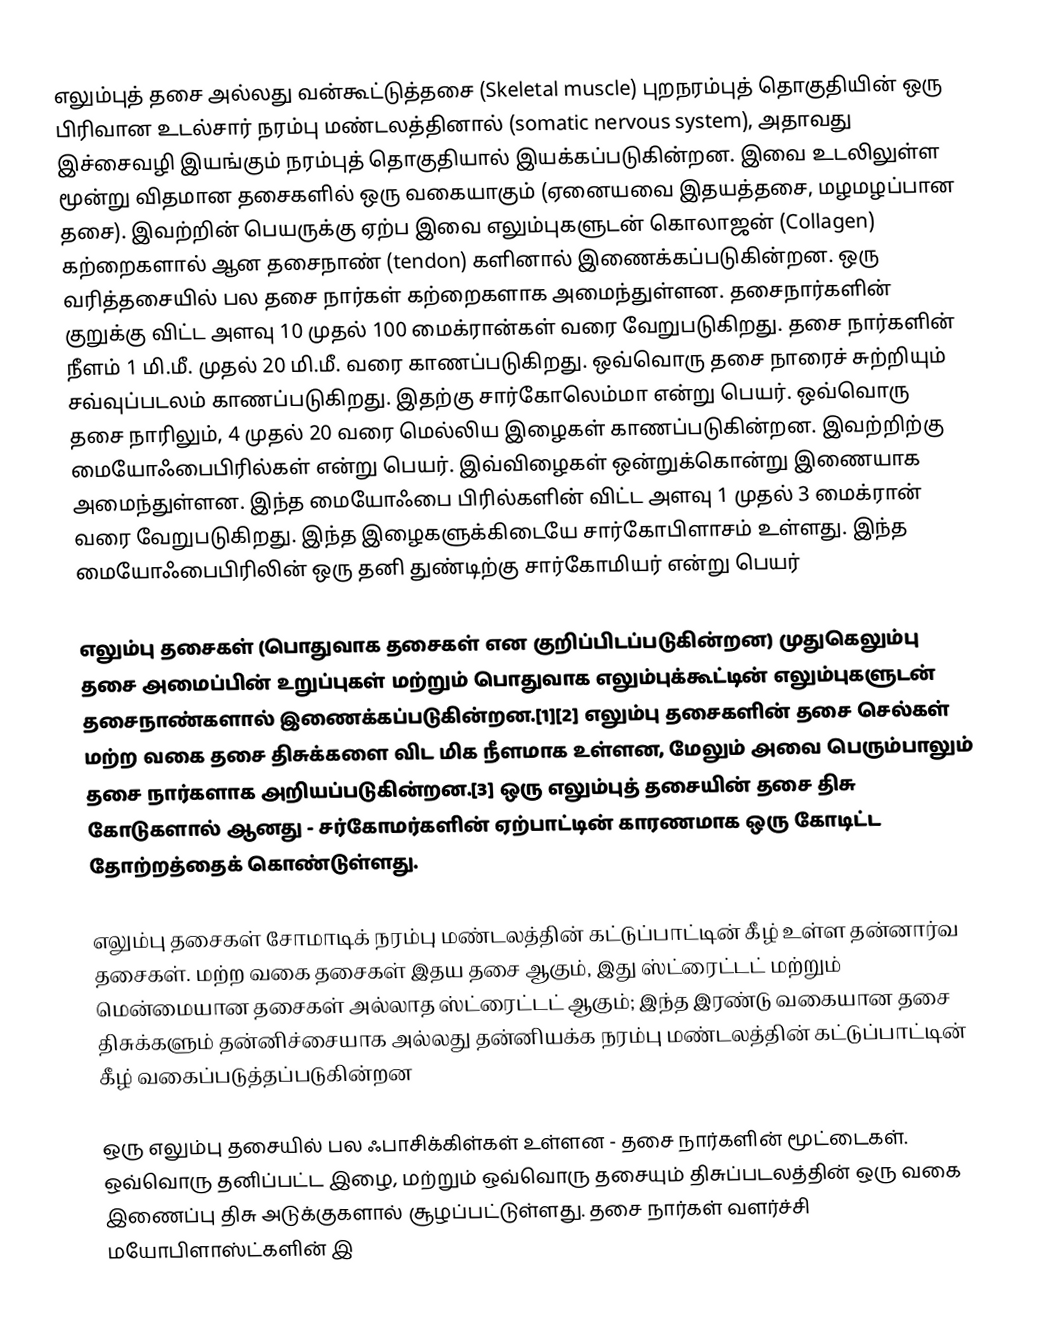
எலும்புத் தசை அல்லது வன்கூட்டுத்தசை (Skeletal muscle) புறநரம்புத் தொகுதியின் ஒரு பிரிவான உடல்சார் நரம்பு மண்டலத்தினால் (somatic nervous system), அதாவது இச்சைவழி இயங்கும் நரம்புத் தொகுதியால் இயக்கப்படுகின்றன. இவை உடலிலுள்ள மூன்று விதமான தசைகளில் ஒரு வகையாகும் (ஏனையவை இதயத்தசை, மழமழப்பான தசை). இவற்றின் பெயருக்கு ஏற்ப இவை எலும்புகளுடன் கொலாஜன் (Collagen) கற்றைகளால் ஆன தசைநாண் (tendon) களினால் இணைக்கப்படுகின்றன. ஒரு வரித்தசையில் பல தசை நார்கள் கற்றைகளாக அமைந்துள்ளன. தசைநார்களின் குறுக்கு விட்ட அளவு 10 முதல் 100 மைக்ரான்கள் வரை வேறுபடுகிறது. தசை நார்களின் நீளம் 1 மி.மீ. முதல் 20 மி.மீ. வரை காணப்படுகிறது. ஒவ்வொரு தசை நாரைச் சுற்றியும் சவ்வுப்படலம் காணப்படுகிறது. இதற்கு சார்கோலெம்மா என்று பெயர். ஒவ்வொரு தசை நாரிலும், 4 முதல் 20 வரை மெல்லிய இழைகள் காணப்படுகின்றன. இவற்றிற்கு மையோஃபைபிரில்கள் என்று பெயர். இவ்விழைகள் ஒன்றுக்கொன்று இணையாக அமைந்துள்ளன. இந்த மையோஃபை பிரில்களின் விட்ட அளவு 1 முதல் 3 மைக்ரான் வரை வேறுபடுகிறது. இந்த இழைகளுக்கிடையே சார்கோபிளாசம் உள்ளது. இந்த மையோஃபைபிரிலின் ஒரு தனி துண்டிற்கு சார்கோமியர் என்று பெயர்

எலும்பு தசைகள் (பொதுவாக தசைகள் என குறிப்பிடப்படுகின்றன) முதுகெலும்பு தசை அமைப்பின் உறுப்புகள் மற்றும் பொதுவாக எலும்புக்கூட்டின் எலும்புகளுடன் தசைநாண்களால் இணைக்கப்படுகின்றன.[1][2] எலும்பு தசைகளின் தசை செல்கள் மற்ற வகை தசை திசுக்களை விட மிக நீளமாக உள்ளன, மேலும் அவை பெரும்பாலும் தசை நார்களாக அறியப்படுகின்றன.[3] ஒரு எலும்புத் தசையின் தசை திசு கோடுகளால் ஆனது - சர்கோமர்களின் ஏற்பாட்டின் காரணமாக ஒரு கோடிட்ட தோற்றத்தைக் கொண்டுள்ளது.

எலும்பு தசைகள் சோமாடிக் நரம்பு மண்டலத்தின் கட்டுப்பாட்டின் கீழ் உள்ள தன்னார்வ தசைகள். மற்ற வகை தசைகள் இதய தசை ஆகும், இது ஸ்ட்ரைட்டட் மற்றும் மென்மையான தசைகள் அல்லாத ஸ்ட்ரைட்டட் ஆகும்; இந்த இரண்டு வகையான தசை திசுக்களும் தன்னிச்சையாக அல்லது தன்னியக்க நரம்பு மண்டலத்தின் கட்டுப்பாட்டின் கீழ் வகைப்படுத்தப்படுகின்றன

ஒரு எலும்பு தசையில் பல ஃபாசிக்கிள்கள் உள்ளன - தசை நார்களின் மூட்டைகள். ஒவ்வொரு தனிப்பட்ட இழை, மற்றும் ஒவ்வொரு தசையும் திசுப்படலத்தின் ஒரு வகை இணைப்பு திசு அடுக்குகளால் சூழப்பட்டுள்ளது. தசை நார்கள் வளர்ச்சி மயோபிளாஸ்ட்களின் இ